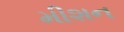
મીશન